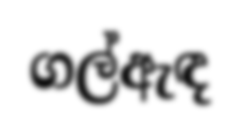
ගල්ඇඳ